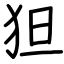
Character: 狚